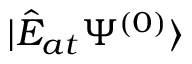
| \hat { E } _ { a t } \Psi ^ { ( 0 ) } \rangle